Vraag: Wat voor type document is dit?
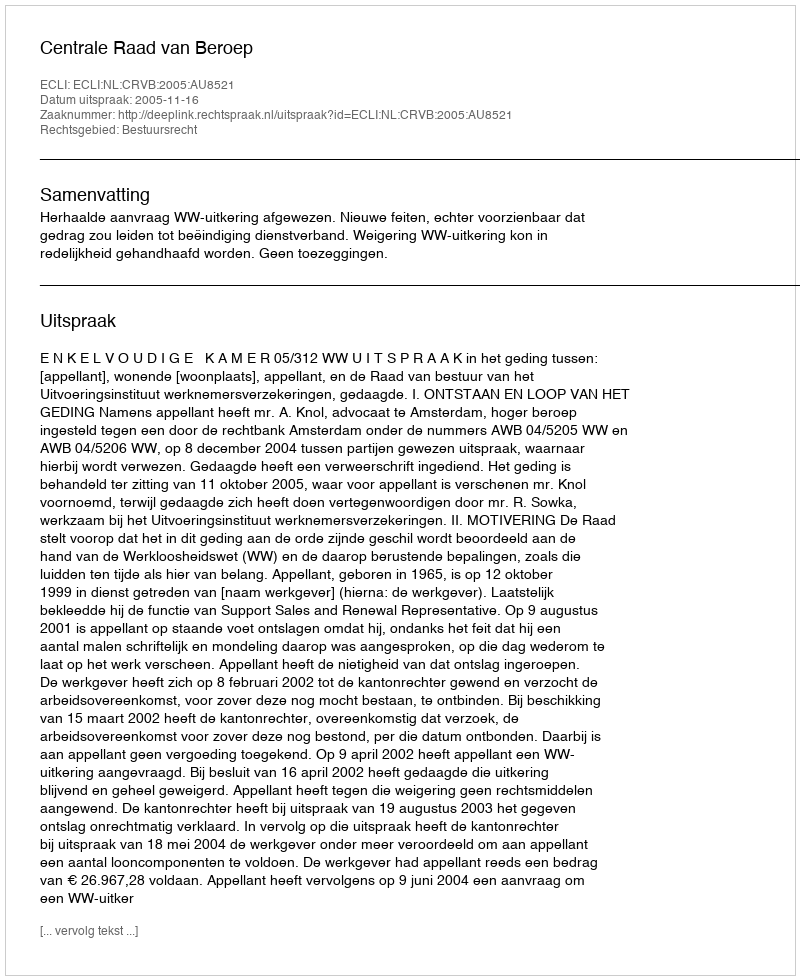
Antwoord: Uitspraak